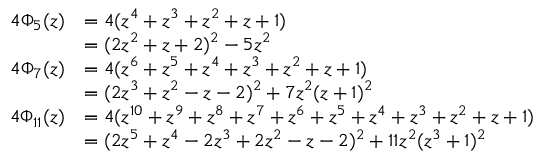
{ \begin{array} { r l } { 4 \Phi _ { 5 } ( z ) } & { = 4 ( z ^ { 4 } + z ^ { 3 } + z ^ { 2 } + z + 1 ) } \\ & { = ( 2 z ^ { 2 } + z + 2 ) ^ { 2 } - 5 z ^ { 2 } } \\ { 4 \Phi _ { 7 } ( z ) } & { = 4 ( z ^ { 6 } + z ^ { 5 } + z ^ { 4 } + z ^ { 3 } + z ^ { 2 } + z + 1 ) } \\ & { = ( 2 z ^ { 3 } + z ^ { 2 } - z - 2 ) ^ { 2 } + 7 z ^ { 2 } ( z + 1 ) ^ { 2 } } \\ { 4 \Phi _ { 1 1 } ( z ) } & { = 4 ( z ^ { 1 0 } + z ^ { 9 } + z ^ { 8 } + z ^ { 7 } + z ^ { 6 } + z ^ { 5 } + z ^ { 4 } + z ^ { 3 } + z ^ { 2 } + z + 1 ) } \\ & { = ( 2 z ^ { 5 } + z ^ { 4 } - 2 z ^ { 3 } + 2 z ^ { 2 } - z - 2 ) ^ { 2 } + 1 1 z ^ { 2 } ( z ^ { 3 } + 1 ) ^ { 2 } } \end{array} }